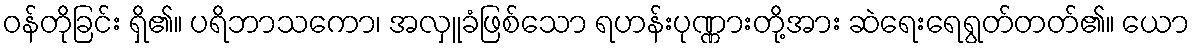
ဝန်တိုခြင်း ရှိ၏။ ပရိဘာသကော၊ အလှူခံဖြစ်သော ရဟန်းပုဏ္ဏားတို့အား ဆဲရေးရေရွတ်တတ်၏။ ယော